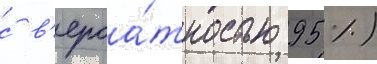
с в'ероа́тностью 95 %)